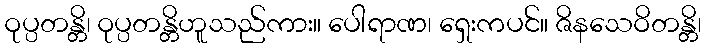
ဝုပ္ပတန္တိ၊ ဝုပ္ပတန္တိဟူသည်ကား။ ပေါရာဏ၊ ရှေးကပင်။ ဇိနသေဝိတန္တိ၊